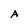
Character: A